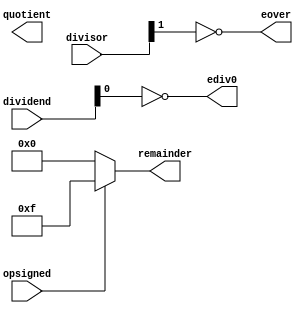
//
//
//
//
//
module div4 #(
    parameter   WIDTH                   = 4
) (
    input  wire                         opsigned,
    input  wire [WIDTH-1:0]             dividend,
    input  wire [WIDTH-1:0]             divisor,
    output wire [WIDTH-1:0]             quotient,
    output wire [WIDTH-1:0]             remainder,
    output wire                         ediv0,
    output wire                         eover
);

    // This was a stub to just check the testbench connectivity
    assign quotent   = opsigned ? {WIDTH{1'b1}} : {WIDTH{1'b0}};
    assign remainder = opsigned ? {WIDTH{1'b1}} : {WIDTH{1'b0}};
    assign ediv0 = ~dividend[0];
    assign eover = ~divisor[1];

endmodule